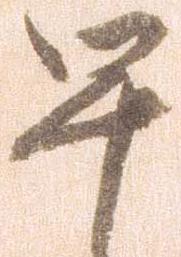
早